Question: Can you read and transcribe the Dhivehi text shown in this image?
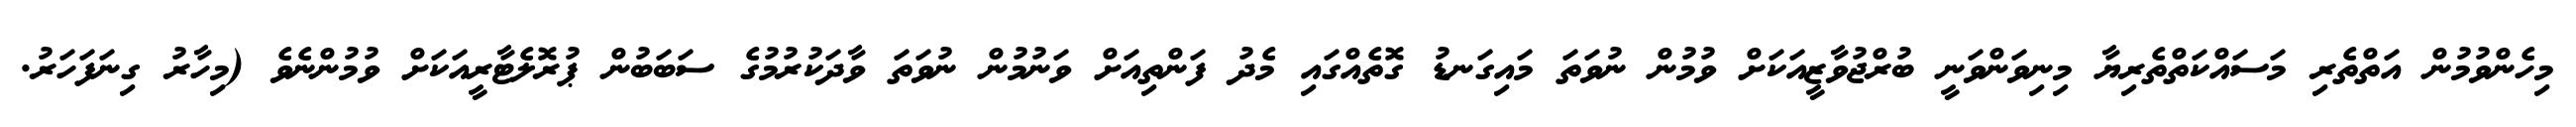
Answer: މިހެންވުމުން އަތްތެރި މަސައްކަތްތެރިޔާ މިނިވަންވަނީ ބުރްޖުވާޒީއަކަށް ވުމުން ނުވަތަ މައިގަނޑު ގޮތެއްގައި މެދު ފަންތިއަށް ވަނުމުން ނުވަތަ ވާދަކުރުމުގެ ސަބަބުން ޕުރޮލެޓާރީއަކަށް ވުމުންނެވެ (މިހާރު ގިނަފަހަރު.